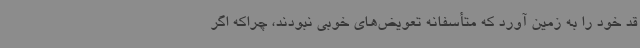
قد خود را به زمین آورد که متأسفانه تعویض‌های خوبی نبودند، چراکه اگر